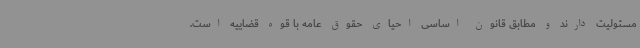
مسئولیت دارند و مطابق قانون اساسی احیای حقوق عامه با قوه قضاییه است.